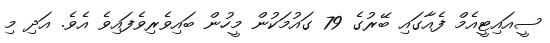
ސީއައިޓީއެމް ފެއާގައި ބޭރުގެ 79 ގައުމަކުން މީހުން ބައިވެރިވެފައިވެ އެވެ. އަދި މި